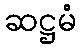
ဆဋ္ဌမံ